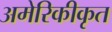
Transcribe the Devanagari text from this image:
अमेरिकीकृत